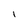
Character: I